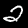
Label: 2